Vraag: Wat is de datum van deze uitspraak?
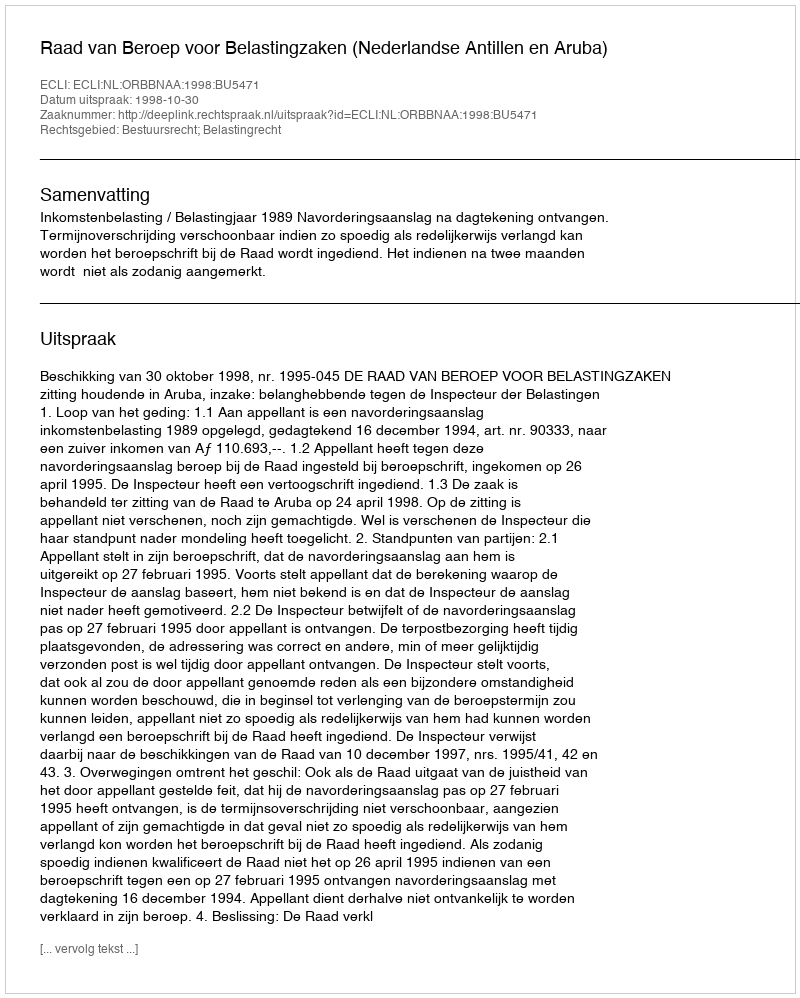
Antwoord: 1998-10-30